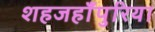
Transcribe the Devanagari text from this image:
शहजहाँपुरिया